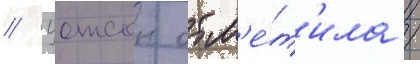
// Уотсон отм'е́т'ила /